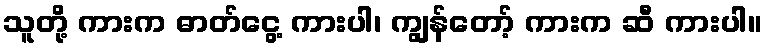
သူတို့ ကားက ဓာတ်ငွေ့ ကားပါ၊ ကျွန်တော့် ကားက ဆီ ကားပါ။